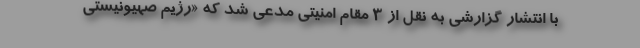
با انتشار گزارشی به نقل از ۳ مقام امنیتی مدعی شد که «رژیم صهیونیستی